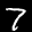
Label: 7